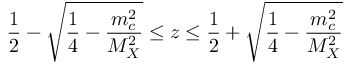
\frac { 1 } { 2 } - \sqrt { \frac { 1 } { 4 } - \frac { m _ { c } ^ { 2 } } { M _ { X } ^ { 2 } } } \leq z \leq \frac { 1 } { 2 } + \sqrt { \frac { 1 } { 4 } - \frac { m _ { c } ^ { 2 } } { M _ { X } ^ { 2 } } }